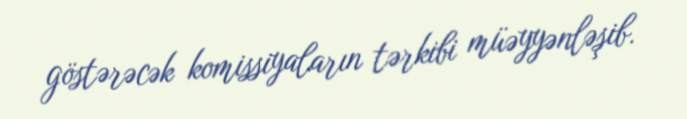
göstərəcək komissiyaların tərkibi müəyyənləşib.